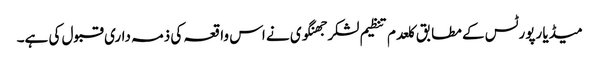
میڈیا رپورٹس کے مطابق کلعدم تنظیم لشکر جھنگوی نے اس واقعہ کی ذمہ داری قبول کی ہے۔